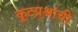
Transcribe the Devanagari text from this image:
कूटप्रश्नांची